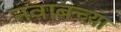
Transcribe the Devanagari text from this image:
नवाबच्या